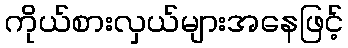
ကိုယ်စားလှယ်များအနေဖြင့်